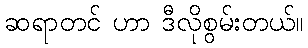
ဆရာတင် ဟာ ဒီလိုစွမ်းတယ်။